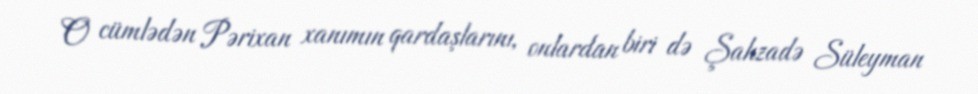
O cümlədən Pərixan xanımın qardaşlarını, onlardan biri də Şahzadə Süleyman